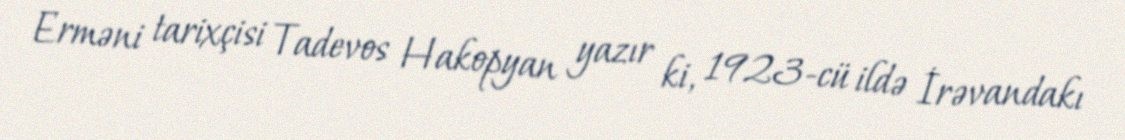
Erməni tarixçisi Tadevos Hakopyan yazır ki, 1923-cü ildə İrəvandakı